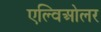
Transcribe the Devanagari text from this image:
एल्विओलर